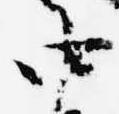
中